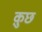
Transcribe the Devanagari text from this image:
क़ुछ